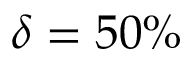
\delta = 5 0 \%